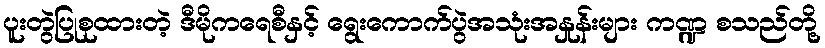
ပူးတွဲပြုစုထားတဲ့ ဒီမိုကရေစီနှင့် ရွေးကောက်ပွဲအသုံးအနှုန်းများ ကဏ္ဍ စသည်တို့